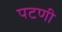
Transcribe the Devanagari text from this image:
पटणी